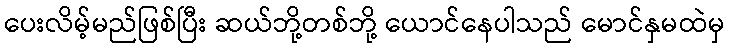
ပေးလိမ့်မည်ဖြစ်ပြီး ဆယ်ဘို့တစ်ဘို့ ယောင်နေပါသည် မောင်နှမထဲမှ